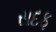
સદફ